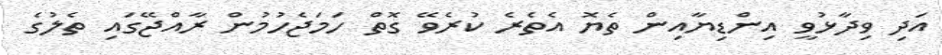
އަދި ވިދާޅުވީ އިންޑިޔާއިން ތެޔޮ އެތެރެ ކުރެވޭ ގޮތް ހަމަޖެހުމުން ރާއްޖޭގައި ތެލުގެ